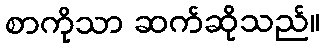
စာကိုသာ ဆက်ဆိုသည်။